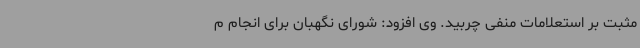
مثبت بر استعلامات منفی چربید. وی افزود: شورای نگهبان برای انجام م